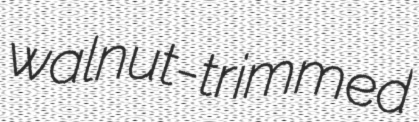
walnut-trimmed